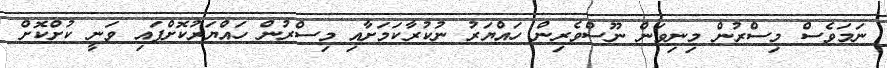
ނަމަވެސް މިސްރުން މިނިވަން ނޫސްވެރިން ހައްޔަރު ނުކުރާކަމަށާއި މިސްރުން ހައްޔަރުކޮށްފައި ވަނީ ކުށްކޮށް